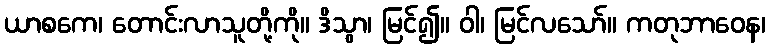
ယာစကေ၊ တောင်းလာသူတို့ကို။ ဒိသွာ၊ မြင်၍။ ဝါ၊ မြင်လသော်။ ကတုဘာဝေန၊